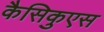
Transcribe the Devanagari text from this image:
कैसिकुएस